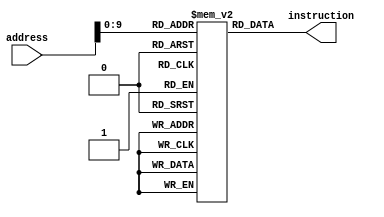
module instructionMemory_P2
    #(parameter Width = 32)
(
    input  [Width-1:0] address,
    output [Width-1:0] instruction
);
    reg [9:0] cutAddress;
    reg [Width-1:0] mem[0:1023];

    initial begin
        mem[ 0] = 32'h52324082; // 32'b01 01001 00011 00100 100 00001 0000010; // 9+3+4, fun3, x1, opcode // 16 10000
        mem[ 4] = 32'h4433C102; // 32'b01 00010 00011 00111 100 00010 0000010; // 2+3+7, fun3, x2, opcode // 12 01100
        mem[ 8] = 32'h4221C182; // 32'b01 00001 00010 00011 100 00011 0000010; // 1+2+3, fun3, x3, opcode // 6  00110
    end
    assign instruction = mem[address];
endmodule